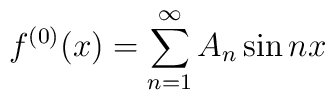
f^{(0)}(x)=\sum_{n=1}^{\infty }A_{n}\sin nx